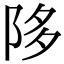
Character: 陊